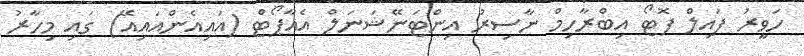
ހަވީރު ފައިލް ފޮޓޯ އިބްރާހިމް ނާސިރު އިންޓަނޭޝަނަލް އެއާޕޯޓް (އައިއެންއައިއޭ) ގައި މިހާރު